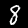
Label: 8